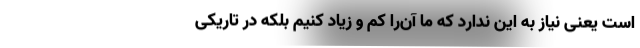
است یعنی نیاز به این ندارد که ما آن‌را کم و زیاد کنیم بلکه در تاریکی